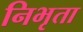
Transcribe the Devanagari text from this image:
निभृता